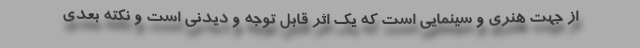
از جهت هنری و سینمایی است که یک اثر قابل توجه و دیدنی است و نکته بعدی